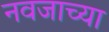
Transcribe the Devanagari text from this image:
नवजाच्या